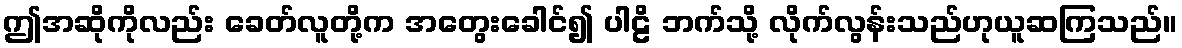
ဤအဆိုကိုလည်း ခေတ်လူတို့က အတွေးခေါင်၍ ပါဠိ ဘက်သို့ လိုက်လွန်းသည်ဟုယူဆကြသည်။